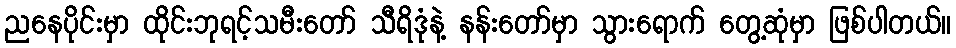
ညနေပိုင်းမှာ ထိုင်းဘုရင့်သမီးတော် သီရိဒုံနဲ့ နန်းတော်မှာ သွားရောက် တွေ့ဆုံမှာ ဖြစ်ပါတယ်။